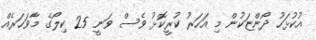
އުކުޅަހު ދޯންޏަކުން މި އަހަރު ކުރީކޮޅު ވެސް ވަނީ 25 ކިލޯގެ މާވަހަރެއް